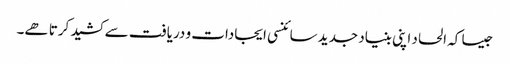
جیسا کہ الحاد اپنی بنیاد جدید سائنسی ایجادات و دریافت سے کشید کرتا ھے۔